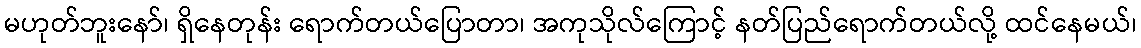
မဟုတ်ဘူးနော်၊ ရှိနေတုန်း ရောက်တယ်ပြောတာ၊ အကုသိုလ်ကြောင့် နတ်ပြည်ရောက်တယ်လို့ ထင်နေမယ်၊